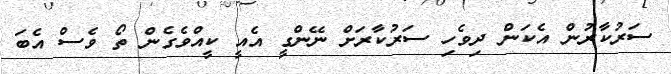
ސަރުކާރުން އެކަން ދިވެހި ސަރުކާރަށް ނޭންގީ އެއީ ކީއްވެގެން ތޯ ވެސް އެބަ